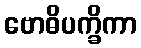
ဗောဓိပက္ခိကာ